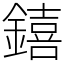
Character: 𨭎